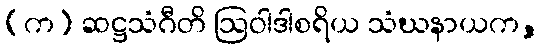
(က) ဆဋ္ဌသံဂီတိ ဩဝါဒါစရိယ သံဃနာယက,